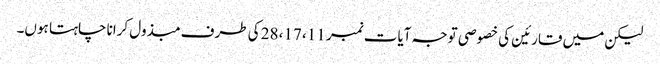
لیکن میں قارئین کی خصوصی توجہ آیات نمبر 11، 17، 28 کی طرف مبذول کرانا چاہتا ہوں۔